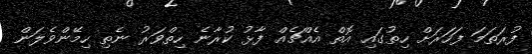
ފުރަތަމަ ފަހަރަށް ހިތުގައި އޮތް އެއްޗެއް ފާޅު ކުރާނެ ހިތްވަރު ނެތި ހިމޭންވެލަން